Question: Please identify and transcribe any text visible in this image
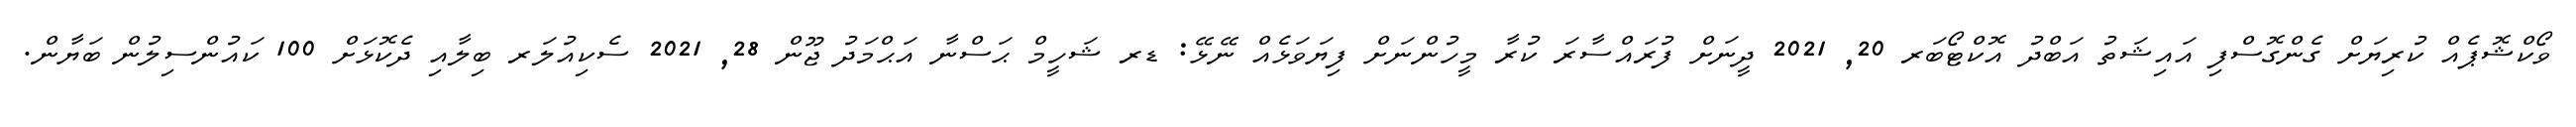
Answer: ވޯކްޝޮޕެއް ކުރިޔަށް ގެންގޮސްފި އައިޝަތު އަބްދު އޮކްޓޯބަރ 20, 2021 ދީނަށް ފުރައްސާރަ ކުރާ މީހުންނަށް ފިޔަވަޅެއް ނޭޅޭ: ޑރ ޝަހީމް ޙަސްނާ އަޙްމަދު ޖޫން 28, 2021 ސެކިއުލަރ ބިލާއި ދެކޮޅަށް 100 ކައުންސިލުން ބަޔާން.